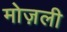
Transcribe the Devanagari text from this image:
मोज़ली